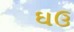
ઘઉ